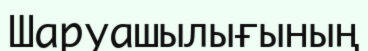
Шаруашылығының